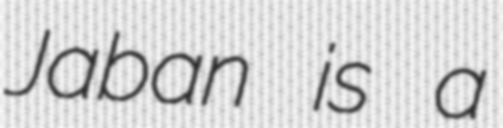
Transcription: Jaban is a